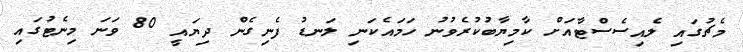
މެޗުގައި ލެއިސެސްޓާއަށް ކާމިޔާބުކުރެވުނު ހަމައެކަނި ލަނޑު ފެނިގެން ދިޔައީ 80 ވަނަ މިނެޓުގައި